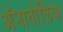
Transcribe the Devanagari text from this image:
ॲनातोलिया